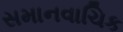
સમાનવાચિક